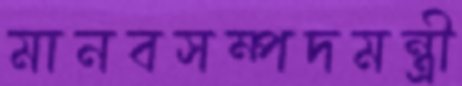
মানবসম্পদমন্ত্রী